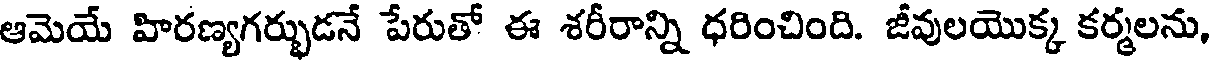
ఆమెయే హిరణ్యగర్భుడనే పేరుతో ఈ శరీరాన్ని ధరించింది. జీవులయొక్క కర్మలను,